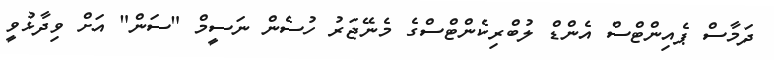
ދަމާސް ޕެއިންޓްސް އެންޑް ލުބްރިކެންޓްސްގެ މެނޭޖަރު ހުސެން ނަސީމް "ސަން" އަށް ވިދާޅުވީ